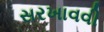
સરખાવવી